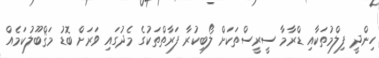
ހިންދީ ފިލްމުތަކާއި ޑްރާމާ ސީރީސްތަކަށް ލޯބިކުރާ ފަރާތްތަކުގެ މެދުގައި ވަރަށް ބޮޑު މަޤްބޫލުކަމެއް